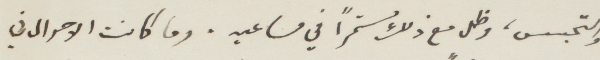
والتجسس، وطل مع ذلك مستمرًا في مساعيه. وما كانت الأحوال في